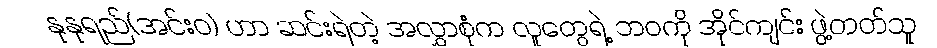
နုနုရည်(အင်းဝ) ဟာ ဆင်းရဲတဲ့ အလွှာစုံက လူတွေရဲ့ ဘဝကို အိုင်ကျင်း ဖွဲ့တတ်သူ